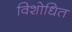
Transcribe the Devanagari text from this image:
विशोधित